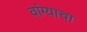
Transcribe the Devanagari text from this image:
वांग्याचा